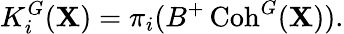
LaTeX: K_{i}^{G}(\mathbf{X})=\pi_{i}(B^{+}\operatorname{Coh}^{G}(\mathbf{X})).